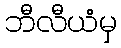
ဘီလီယံမှ